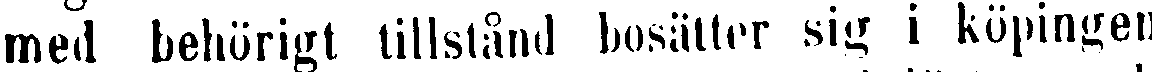
med behörigt tillstånd bosätter sig i köpingen